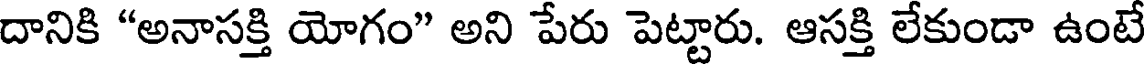
దానికి "అనాసక్తి యోగం" అని పేరు పెట్టారు. ఆసక్తి లేకుండా ఉంటే